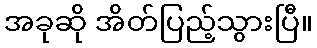
အခုဆို အိတ်ပြည့်သွားပြီ။